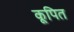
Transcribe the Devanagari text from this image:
कूपित